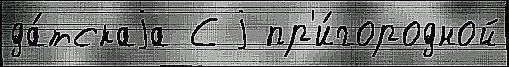
да́тскаjа С j пр'и́городной